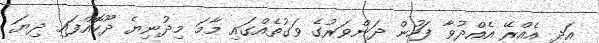
އަދި އެއްރޭ އެއްދުވާ ފަހުން ދަންވަރުގެ ވަގުތެއްގައި މާމަ މިދުނިޔެ ދޫކޮއްފައި ދިޔަ